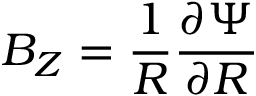
B _ { Z } = \frac { 1 } { R } \frac { \partial \Psi } { \partial R }